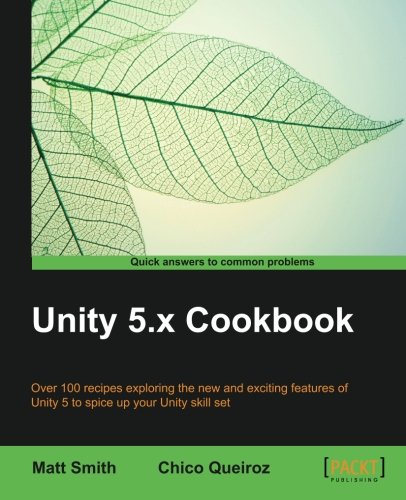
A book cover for Unity 5.x Cookbook; Matt Smith; Computers & Technology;